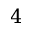
4